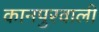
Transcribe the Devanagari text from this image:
कानपुरवाली